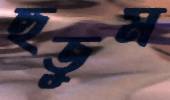
হুতুম